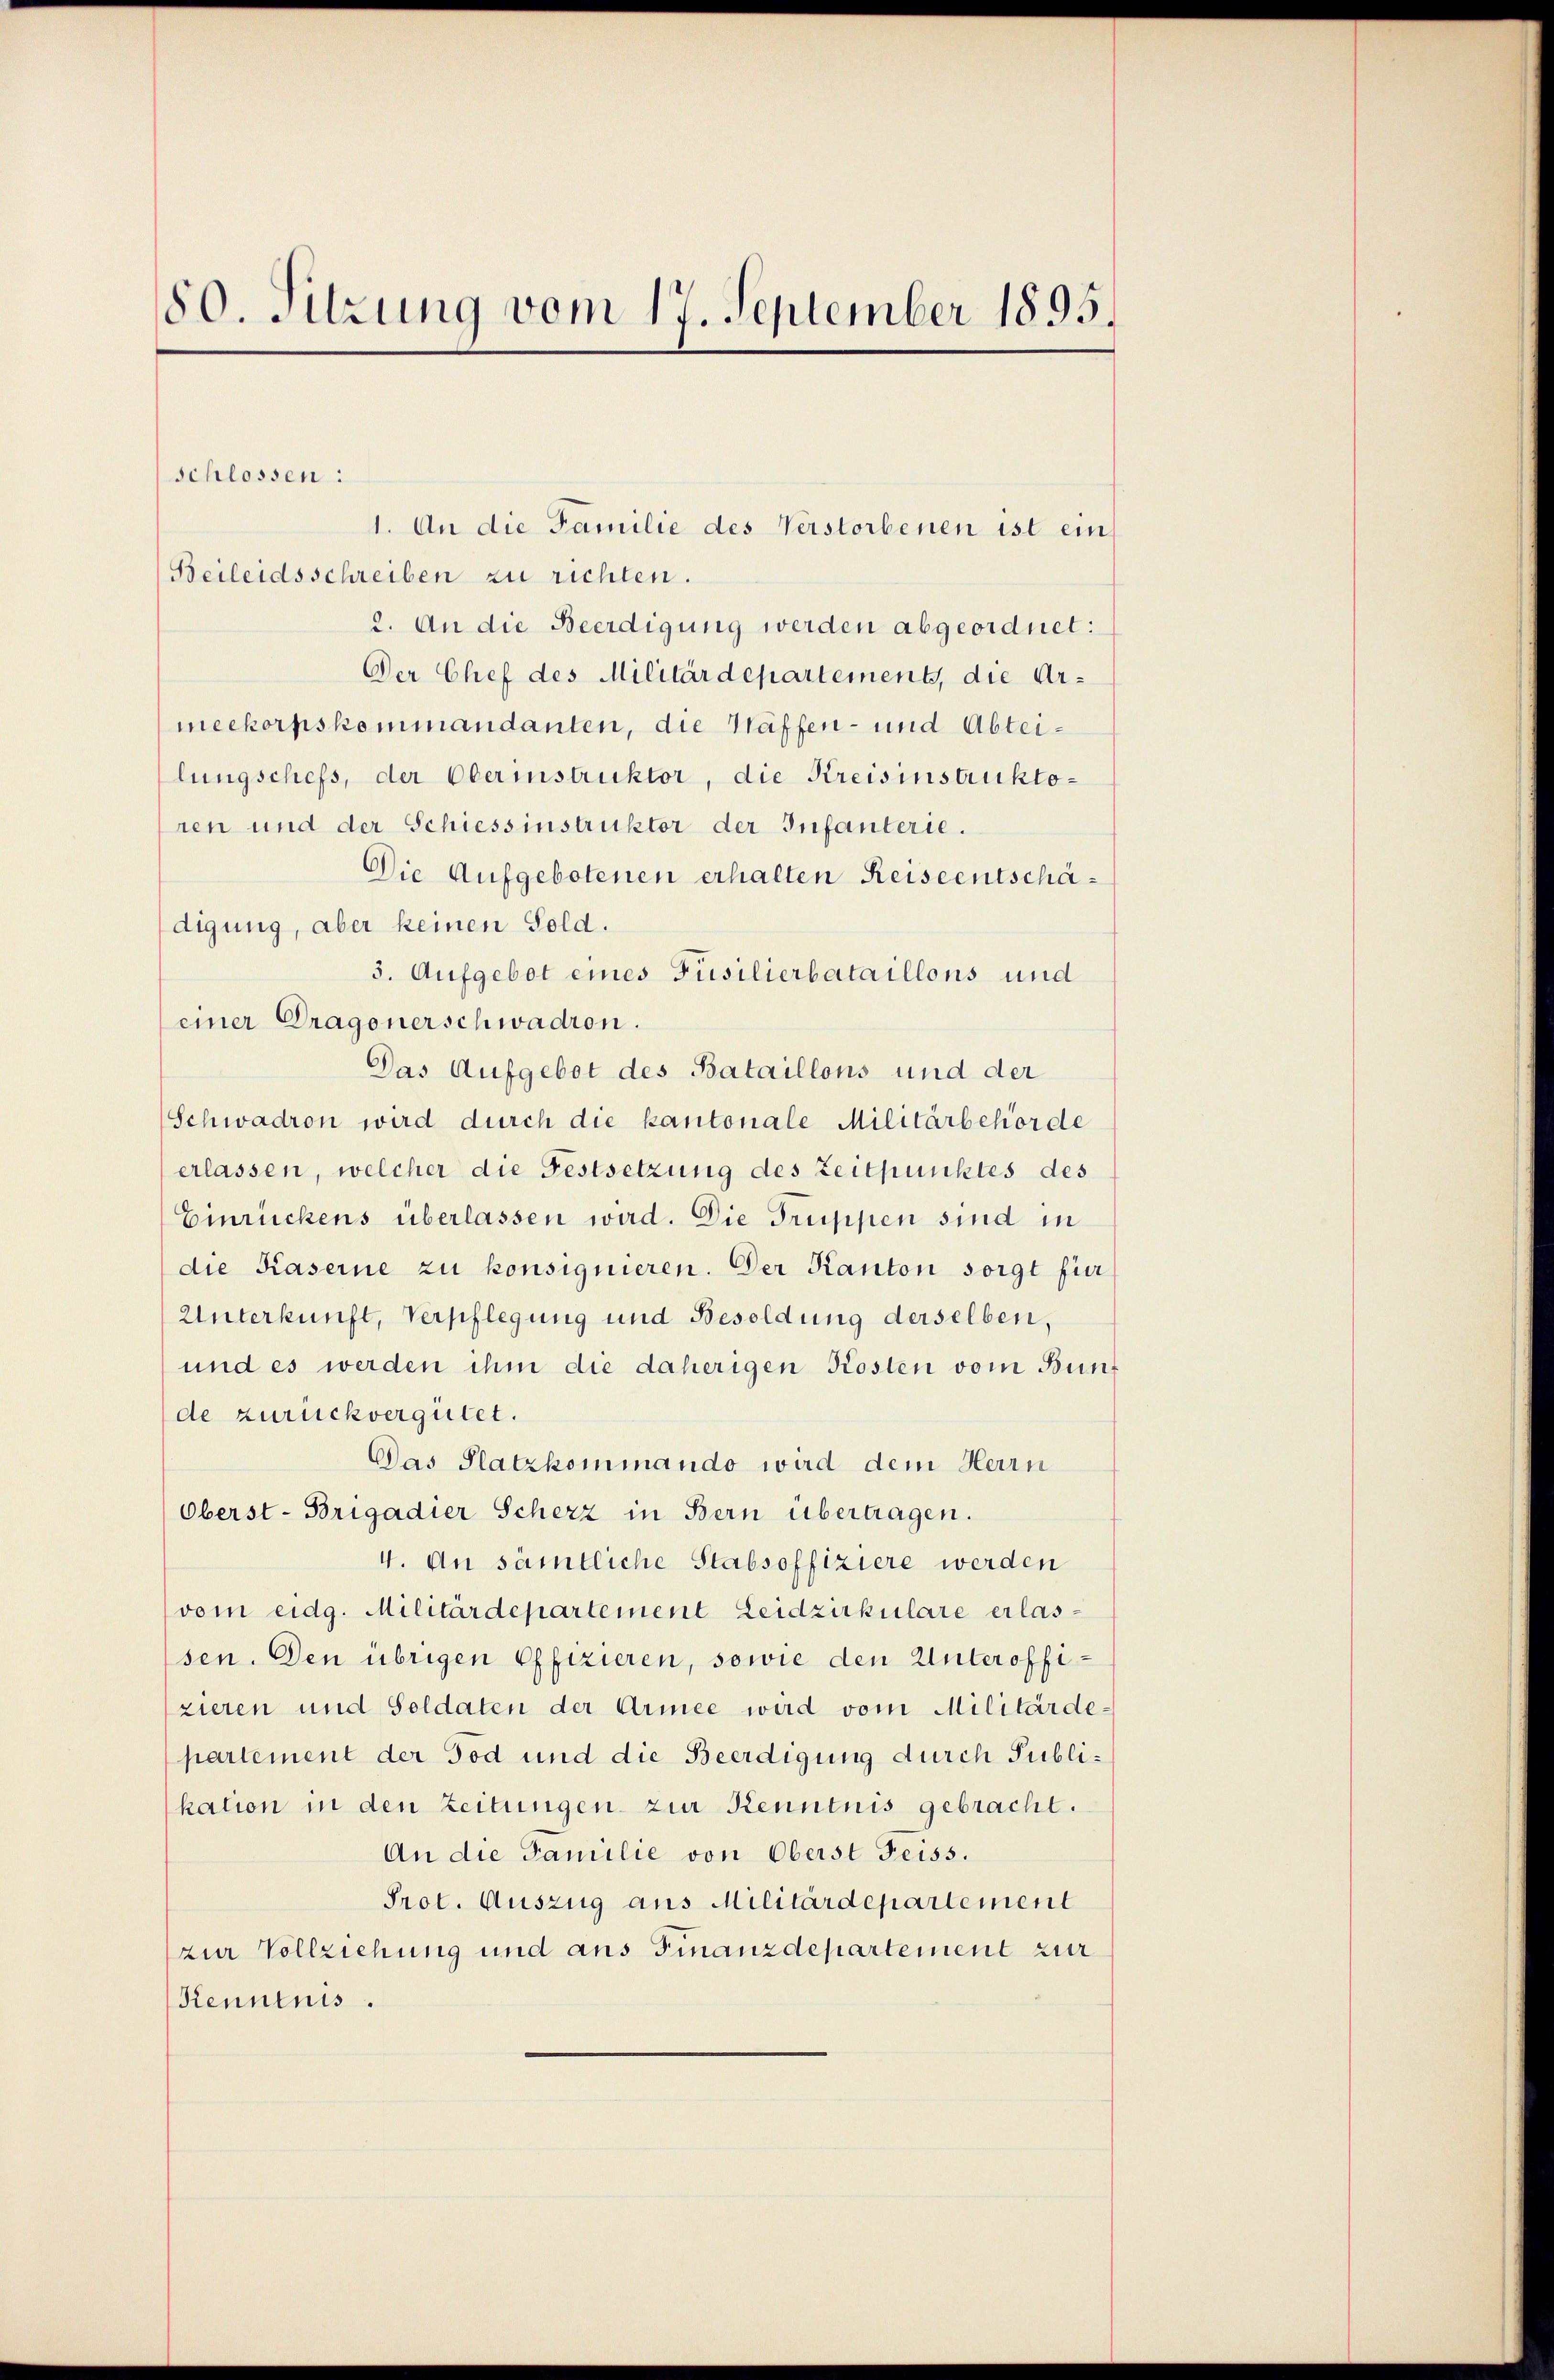
80. Sitzung vom 17. September 1895.

schlossen:
Beileidsschreiben zu richten.
2. An die Beerdigung werden abgeordnet:
Der Chef des Militärdepartement, die Armeekorpskommandanten, die Waffen- und Abteilungschefs, der Oberinstruktor, die Kreisinstruktoren und der Schiessinstruktor der Infanterie.
Die Aufgebotenen erhalten Reiseentschädigung, aber keinen Sold.
5. Aufgebot eines Füsilierbataillons und
einer Dragonerschwadron.
Das Aufgebot des Bataillons und der
Schwadron wird durch die kantonale Militärbehörde
erlassen, welcher die Festsetzung des Zeitpunktes des
Einrückens überlassen wird. Die Truppen sind in
die Kaserne zu konsignieren. Der Kanton sorgt für
Unterkunft, Verpflegung und Besoldung derselben,
und es werden ihm die daherigen Kosten vom Bunf
de zurückvergütet.
Das Platzkommando wird dem Herrn
Oberst-Brigadier Scherz in Bern übertragen.
4. An sämtliche Stabsoffiziere werden
vom eidg. Militärdepartement Leidzirkulare erlassen. Den übrigen Offizieren, sowie den Unteroffizieren und Soldaten der Armee wird vom Militärde-
partement der Tod und die Beerdigung durch Publikation in den Zeitungen zur Kenntnis gebracht.
An die Familie von Oberst Feiss.
Prot. Auszug aus Militärdepartement
zur Vollziehung und aus Finanzdepartement zur
Kenntnis.

1. An die Familie des Verstorbenen ist ein